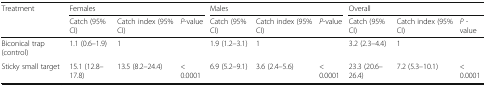
<table><thead><tr><td rowspan="2"><b>Treatment</b></td><td colspan="3"><b>Females</b></td><td colspan="3"><b>Males</b></td><td colspan="3"><b>Overall</b></td></tr><tr><td><b>Catch (95% CI)</b></td><td><b>Catch index (95% CI)</b></td><td><b><i>P-</i>value</b></td><td><b>Catch (95% CI)</b></td><td><b>Catch index (95% CI)</b></td><td><b><i>P-</i>value</b></td><td><b>Catch (95% CI)</b></td><td><b>Catch index (95% CI)</b></td><td><b><i>P -</i> value</b></td></tr></thead><tbody><tr><td>Biconical trap (control)</td><td>1.1 (0.6–1.9)</td><td>1</td><td></td><td>1.9 (1.2–3.1)</td><td>1</td><td></td><td>3.2 (2.3–4.4)</td><td>1</td><td></td></tr><tr><td>Sticky small target</td><td>15.1 (12.8–17.8)</td><td>13.5 (8.2–24.4)</td><td>&lt; 0.0001</td><td>6.9 (5.2–9.1)</td><td>3.6 (2.4–5.6)</td><td>&lt; 0.0001</td><td>23.3 (20.6–26.4)</td><td>7.2 (5.3–10.1)</td><td>&lt; 0.0001</td></tr></tbody></table>